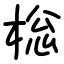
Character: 棇